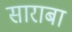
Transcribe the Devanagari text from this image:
साराबा